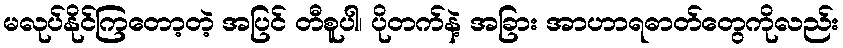
မလုပ်နိုင်ကြတော့တဲ့ အပြင် တီစူပါ၊ ပိုတက်နဲ့ အခြား အာဟာရဓာတ်တွေကိုလည်း